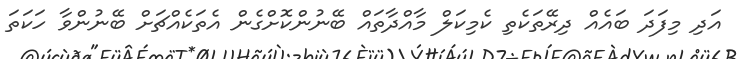
އަދި މިފަދަ ބައެއް ދިރޭތަކެތި ކެމިކަލް މާއްދާތައް ބޭނުންކޮށްގެން އެތަކެއްޗަށް ބޭނުންވާ ހަކަތަ